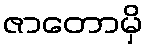
ဇာတောမှိ